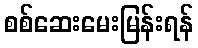
စစ်ဆေးမေးမြန်းရန်